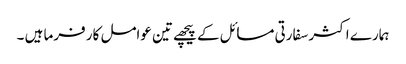
ہمارے اکثر سفارتی مسائل کے پیچھے تین عوامل کار فرما ہیں ۔